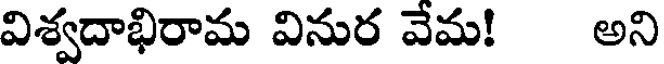
విశ్వదాభిరామ వినుర వేమ! అని